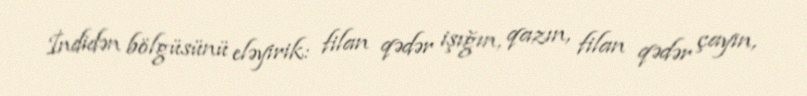
İndidən bölgüsünü eləyirik: filan qədər işığın, qazın, filan qədər çayın,